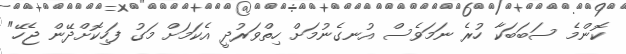
ކޮންމެ ސަބަބަކާ ހުރެ ނަމަވެސް އުނގެނުމަށް ހިތްވަރުދީ އެކަމަށް މަގު ފަހިކޮށްދޭން ޖެހޭ"